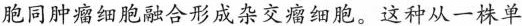
胞同肿瘤细胞融合形成杂交瘤细胞。这种从一株单